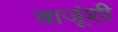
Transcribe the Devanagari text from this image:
बाजूंशी